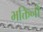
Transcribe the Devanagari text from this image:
भक्तिनों